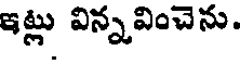
ఇట్లు విన్నవించెను.